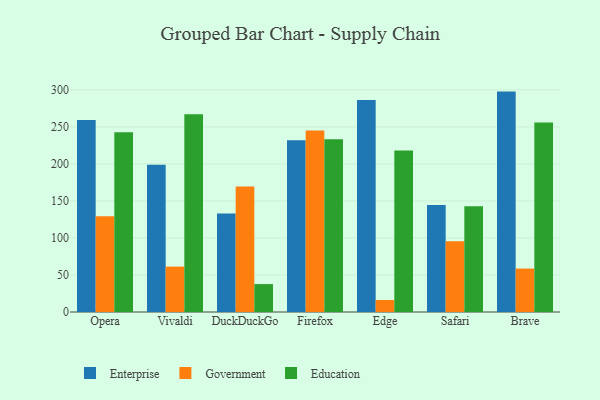
{"axis": {"x": "Browser", "y": "Conversion Rate (%)"}, "legend": ["Education", "Enterprise", "Government"], "data": [{"x": "Opera", "y": 259.3, "type": "Enterprise"}, {"x": "Opera", "y": 129.2, "type": "Government"}, {"x": "Opera", "y": 242.8, "type": "Education"}, {"x": "Vivaldi", "y": 198.8, "type": "Enterprise"}, {"x": "Vivaldi", "y": 61.3, "type": "Government"}, {"x": "Vivaldi", "y": 267.2, "type": "Education"}, {"x": "DuckDuckGo", "y": 133.0, "type": "Enterprise"}, {"x": "DuckDuckGo", "y": 169.6, "type": "Government"}, {"x": "DuckDuckGo", "y": 37.7, "type": "Education"}, {"x": "Firefox", "y": 232.0, "type": "Enterprise"}, {"x": "Firefox", "y": 245.0, "type": "Government"}, {"x": "Firefox", "y": 233.3, "type": "Education"}, {"x": "Edge", "y": 286.4, "type": "Enterprise"}, {"x": "Edge", "y": 16.2, "type": "Government"}, {"x": "Edge", "y": 218.2, "type": "Education"}, {"x": "Safari", "y": 144.4, "type": "Enterprise"}, {"x": "Safari", "y": 95.6, "type": "Government"}, {"x": "Safari", "y": 143.0, "type": "Education"}, {"x": "Brave", "y": 297.7, "type": "Enterprise"}, {"x": "Brave", "y": 58.7, "type": "Government"}, {"x": "Brave", "y": 256.1, "type": "Education"}]}